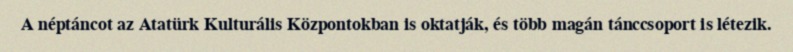
A néptáncot az Atatürk Kulturális Központokban is oktatják, és több magán tánccsoport is létezik.